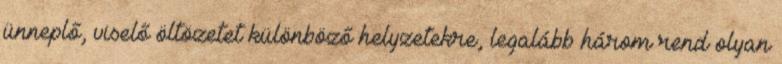
ünneplő, viselő öltözetet különböző helyzetekre, legalább három rend olyan